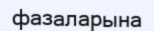
фазаларына